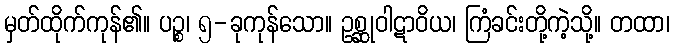
မှတ်ထိုက်ကုန်၏။ ပဉ္စ၊ ၅-ခုကုန်သော။ ဥစ္ဆုဝါဋာဝိယ၊ ကြံခင်းတို့ကဲ့သို့။ တထာ၊